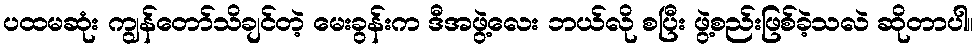
ပထမဆုံး ကျွန်တော်သိချင်တဲ့ မေးခွန်းက ဒီအဖွဲ့လေး ဘယ်လို စပြီး ဖွဲ့စည်းဖြစ်ခဲ့သလဲ ဆိုတာပါ။